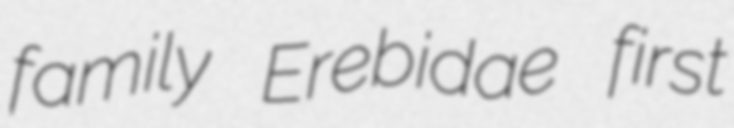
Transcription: family Erebidae first